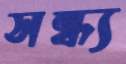
সন্ধ্য